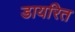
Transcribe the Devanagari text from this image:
डायरित